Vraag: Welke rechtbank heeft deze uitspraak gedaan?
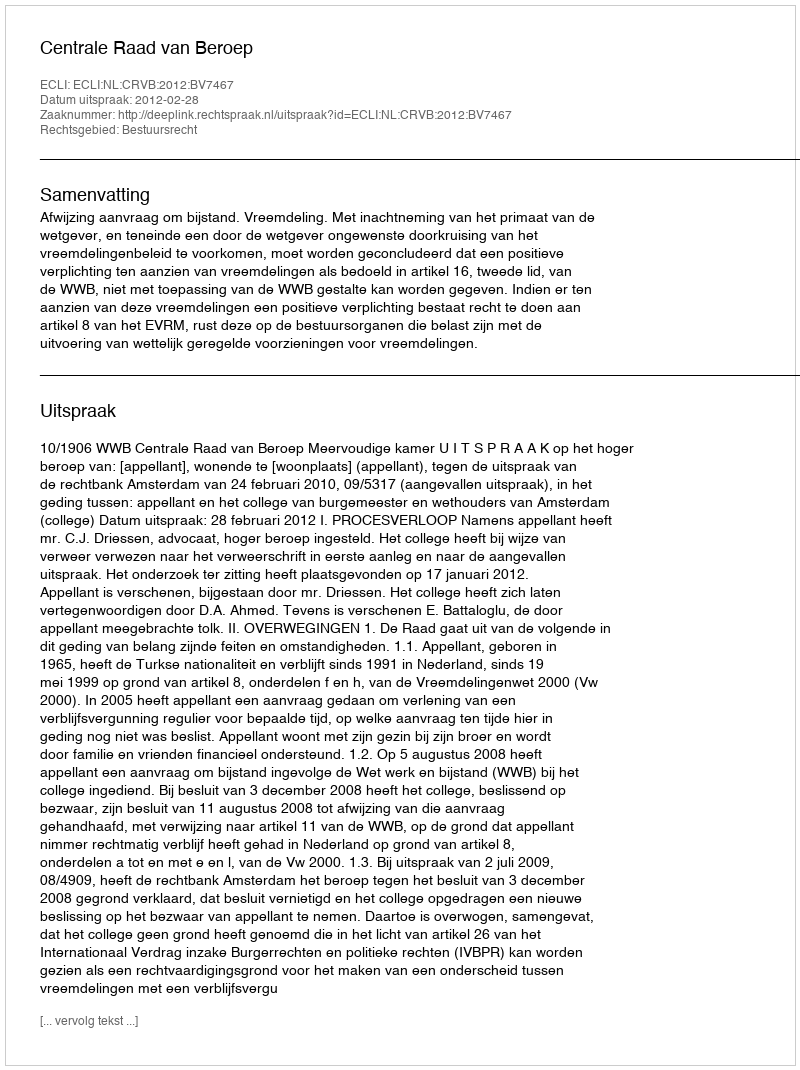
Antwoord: Centrale Raad van Beroep